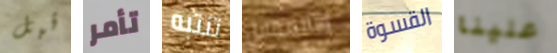
قبل تأمر تنتبه وبالمقابل القسوة علينا